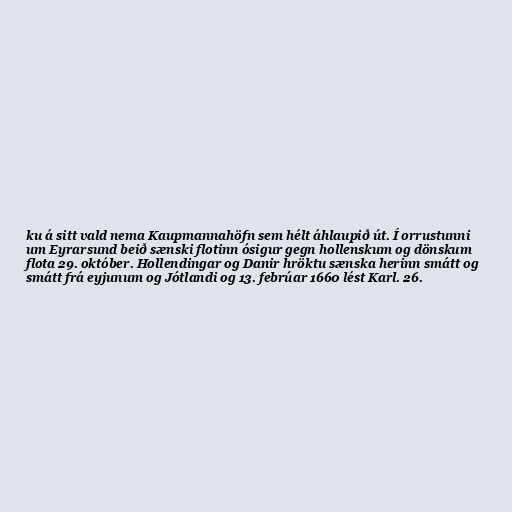
ku á sitt vald nema Kaupmannahöfn sem hélt áhlaupið út. Í orrustunni
um Eyrarsund beið sænski flotinn ósigur gegn hollenskum og dönskum
flota 29. október. Hollendingar og Danir hröktu sænska herinn smátt og
smátt frá eyjunum og Jótlandi og 13. febrúar 1660 lést Karl. 26.